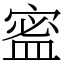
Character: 䀄